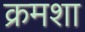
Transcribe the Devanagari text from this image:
क्रमशा